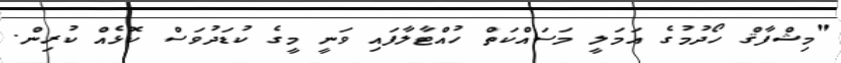
"މިޝްފާޤް ހޯދުމުގެ އަމަލީ މަސައްކަތް ހުއްޓާލާފައި ވަނީ މީގެ ކުޑަދުވަސް ކޮޅެއް ކުރިން.